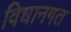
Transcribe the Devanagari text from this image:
विधानगत